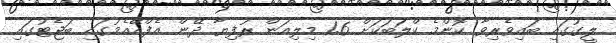
ލީގުގައި ބައިވެރިވާ ކޮންމެ ކްލަބަކަށް 1.6 މިލިއަން ރުފިޔާ ދޭން އެފްއޭއެމުގައި ބަޖެޓުގައި